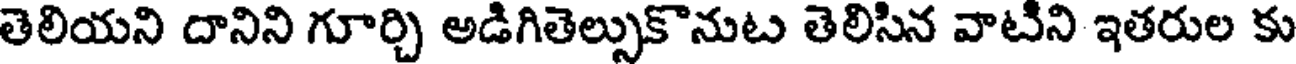
తెలియని దానిని గూర్చి అడిగితెల్సుకొనుట తెలిసిన వాటిని ఇతరుల కు